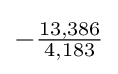
-{\tfrac {13,386}{4,183}}